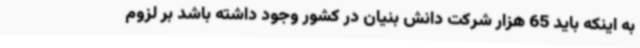
به اینکه باید 65 هزار شرکت دانش بنیان در کشور وجود داشته باشد بر لزوم